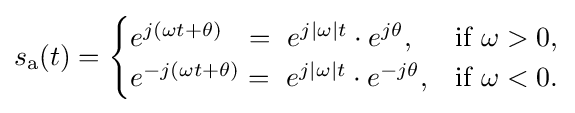
s_{\mathrm {a} }(t)={\begin{cases}e^{j(\omega t+\theta )}\ \ =\ e^{j|\omega |t}\cdot e^{j\theta },&{\text{if}}\ \omega >0,\\e^{-j(\omega t+\theta )}=\ e^{j|\omega |t}\cdot e^{-j\theta },&{\text{if}}\ \omega <0.\end{cases}}